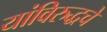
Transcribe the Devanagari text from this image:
यांविरुद्धचे